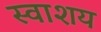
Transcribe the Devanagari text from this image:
स्वाशय